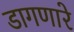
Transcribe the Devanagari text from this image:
डागणारे